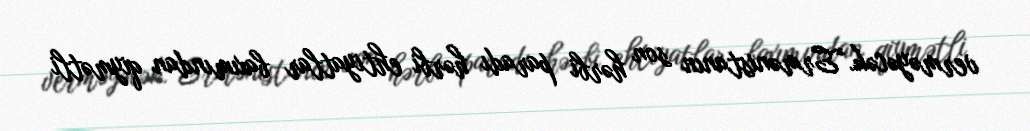
verməyəcək.“Ermənistanın son hərbi paradı hərbi ehtiyatlar baxımından qiymətli